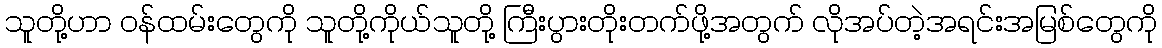
သူတို့ဟာ ဝန်ထမ်းတွေကို သူတို့ကိုယ်သူတို့ ကြီးပွားတိုးတက်ဖို့အတွက် လိုအပ်တဲ့အရင်းအမြစ်တွေကို